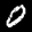
Label: 0